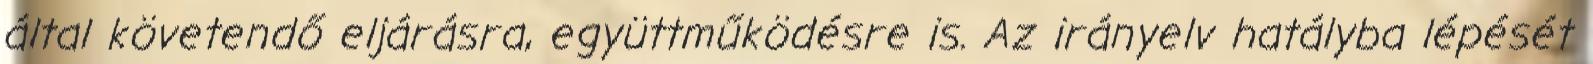
által követendő eljárásra, együttműködésre is. Az irányelv hatályba lépését